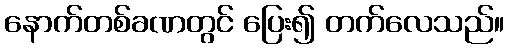
နောက်တစ်ခဏတွင် ပြေး၍ တက်လေသည်။